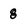
Character: 8